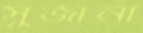
সুজানা